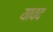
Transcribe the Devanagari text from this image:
यावद